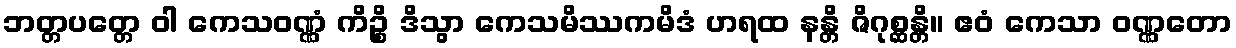
ဘတ္တပတ္တေ ဝါ ကေသဝဏ္ဏံ ကိဉ္စိ ဒိသွာ ကေသမိဿကမိဒံ ဟရထ နန္တိ ဇိဂုစ္ဆန္တိ။ ဧဝံ ကေသာ ဝဏ္ဏတော